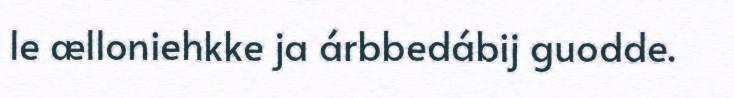
le ælloniehkke ja árbbedábij guodde.